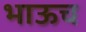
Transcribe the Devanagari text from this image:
भाऊच